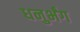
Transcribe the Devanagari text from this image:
धनुर्भंग